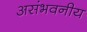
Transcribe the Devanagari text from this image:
असंभवनीय